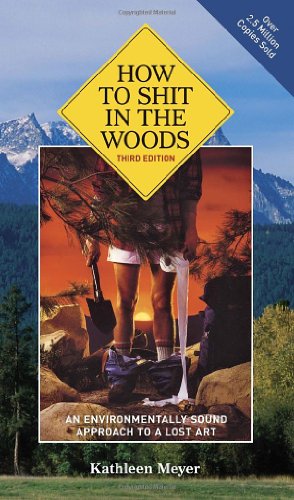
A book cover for How to Shit in the Woods, 3rd Edition: An Environmentally Sound Approach to a Lost Art; Kathleen Meyer; Health, Fitness & Dieting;